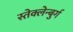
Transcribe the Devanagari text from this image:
स्तेक्लेन्बुर्ग